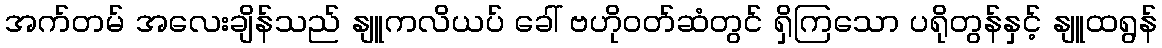
အက်တမ် အလေးချိန်သည် နျူကလိယပ် ခေါ် ဗဟိုဝတ်ဆံတွင် ရှိကြသော ပရိုတွန်နှင့် နျူထရွန်